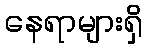
နေရာများရှိ